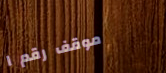
موقف رقم ١